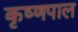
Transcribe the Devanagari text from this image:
कृष्णपाल